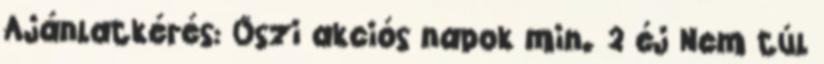
Ajánlatkérés: Őszi akciós napok min. 2 éj Nem túl